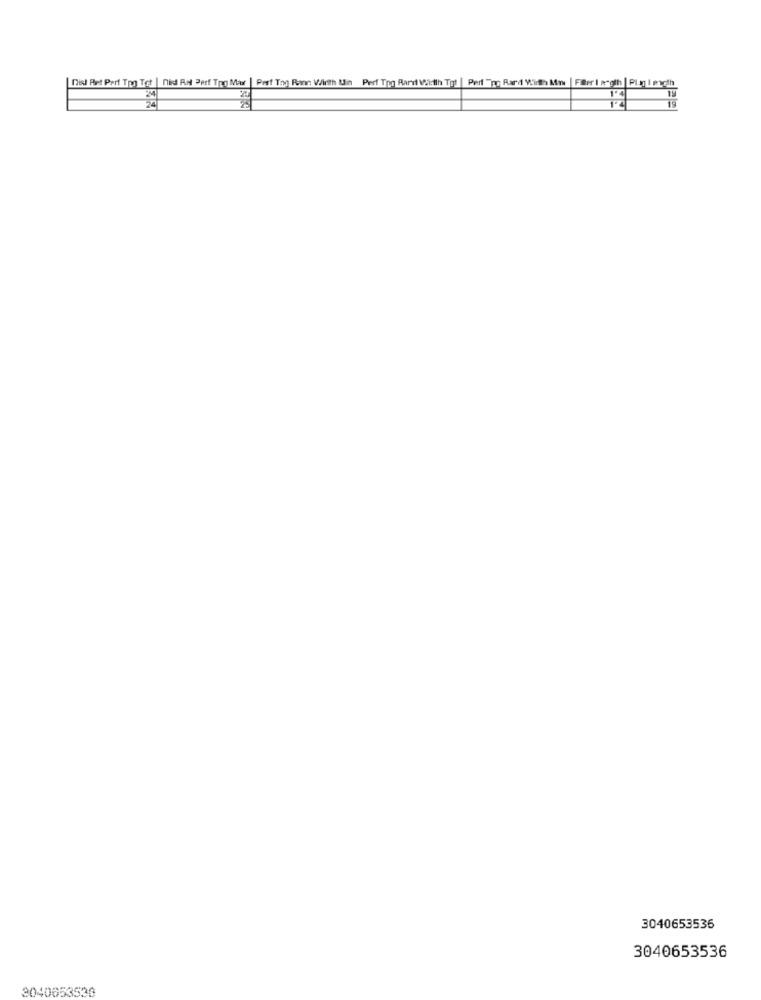
IDist Ret Part Tho Tot | nid And Perf Tro Mar | Pref Tog Ran Wirth Uin Perf Tipo Rard With Tet | Perl "no Rard Wirth Atww | Fler1 argih | PLg 1etcth
19
JEAF
3040653536
3040653536
3040653530